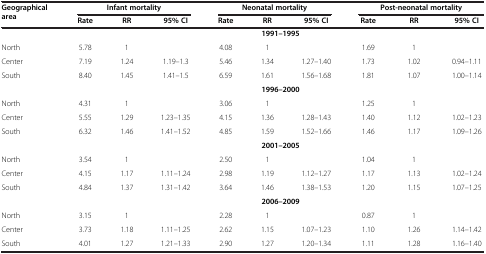
<table><thead><tr><td rowspan="2"><b>Geographical area</b></td><td colspan="3"><b>Infant mortality</b></td><td colspan="3"><b>Neonatal mortality</b></td><td colspan="3"><b>Post-neonatal mortality</b></td></tr><tr><td><b>Rate</b></td><td><b>RR</b></td><td><b>95% CI</b></td><td><b>Rate</b></td><td><b>RR</b></td><td><b>95% CI</b></td><td><b>Rate</b></td><td><b>RR</b></td><td><b>95% CI</b></td></tr></thead><tbody><tr><td> </td><td colspan="9"><b>1991–1995</b></td></tr><tr><td>North</td><td>5.78</td><td>1</td><td> </td><td>4.08</td><td>1</td><td> </td><td>1.69</td><td>1</td><td> </td></tr><tr><td>Center</td><td>7.19</td><td>1.24</td><td>1.19–1.3</td><td>5.46</td><td>1.34</td><td>1.27–1.40</td><td>1.73</td><td>1.02</td><td>0.94–1.11</td></tr><tr><td>South</td><td>8.40</td><td>1.45</td><td>1.41–1.5</td><td>6.59</td><td>1.61</td><td>1.56–1.68</td><td>1.81</td><td>1.07</td><td>1.00–1.14</td></tr><tr><td> </td><td colspan="9"><b>1996–2000</b></td></tr><tr><td>North</td><td>4.31</td><td>1</td><td> </td><td>3.06</td><td>1</td><td> </td><td>1.25</td><td>1</td><td> </td></tr><tr><td>Center</td><td>5.55</td><td>1.29</td><td>1.23–1.35</td><td>4.15</td><td>1.36</td><td>1.28–1.43</td><td>1.40</td><td>1.12</td><td>1.02–1.23</td></tr><tr><td>South</td><td>6.32</td><td>1.46</td><td>1.41–1.52</td><td>4.85</td><td>1.59</td><td>1.52–1.66</td><td>1.46</td><td>1.17</td><td>1.09–1.26</td></tr><tr><td> </td><td colspan="9"><b>2001–2005</b></td></tr><tr><td>North</td><td>3.54</td><td>1</td><td> </td><td>2.50</td><td>1</td><td> </td><td>1.04</td><td>1</td><td> </td></tr><tr><td>Center</td><td>4.15</td><td>1.17</td><td>1.11–1.24</td><td>2.98</td><td>1.19</td><td>1.12–1.27</td><td>1.17</td><td>1.13</td><td>1.02–1.24</td></tr><tr><td>South</td><td>4.84</td><td>1.37</td><td>1.31–1.42</td><td>3.64</td><td>1.46</td><td>1.38–1.53</td><td>1.20</td><td>1.15</td><td>1.07–1.25</td></tr><tr><td> </td><td colspan="9"><b>2006–2009</b></td></tr><tr><td>North</td><td>3.15</td><td>1</td><td> </td><td>2.28</td><td>1</td><td> </td><td>0.87</td><td>1</td><td> </td></tr><tr><td>Center</td><td>3.73</td><td>1.18</td><td>1.11–1.25</td><td>2.62</td><td>1.15</td><td>1.07–1.23</td><td>1.10</td><td>1.26</td><td>1.14–1.42</td></tr><tr><td>South</td><td>4.01</td><td>1.27</td><td>1.21–1.33</td><td>2.90</td><td>1.27</td><td>1.20–1.34</td><td>1.11</td><td>1.28</td><td>1.16–1.40</td></tr></tbody></table>